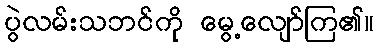
ပွဲလမ်းသဘင်ကို မွေ့လျော်ကြ၏။